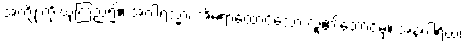
အကျိုးကို ယုံကြည်၍။ အဂါရသ္မာ၊ အိမ်ရာထောင်သော လူ၏ဘောင်မှ။ အနဂါရိယံ၊